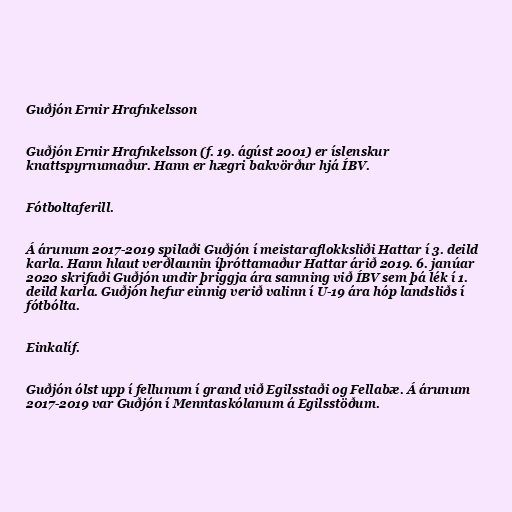
Guðjón Ernir Hrafnkelsson

Guðjón Ernir Hrafnkelsson (f. 19. ágúst 2001) er íslenskur
knattspyrnumaður. Hann er hægri bakvörður hjá ÍBV.

Fótboltaferill.

Á árunum 2017-2019 spilaði Guðjón í meistaraflokksliði Hattar í 3. deild
karla. Hann hlaut verðlaunin íþróttamaður Hattar árið 2019. 6. janúar
2020 skrifaði Guðjón undir þriggja ára samning við ÍBV sem þá lék í 1.
deild karla. Guðjón hefur einnig verið valinn í U-19 ára hóp landsliðs í
fótbólta.

Einkalíf.

Guðjón ólst upp í fellunum í grand við Egilsstaði og Fellabæ. Á árunum
2017-2019 var Guðjón í Menntaskólanum á Egilsstöðum.